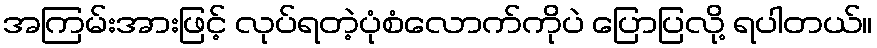
အကြမ်းအားဖြင့် လုပ်ရတဲ့ပုံစံလောက်ကိုပဲ ပြောပြလို့ ရပါတယ်။